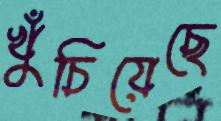
খুঁচিয়েছে